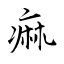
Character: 痲